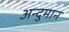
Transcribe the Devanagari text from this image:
अन्दुमान